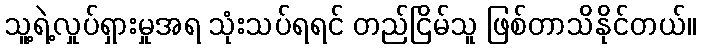
သူ့ရဲ့လှုပ်ရှားမှုအရ သုံးသပ်ရရင် တည်ငြိမ်သူ ဖြစ်တာသိနိုင်တယ်။